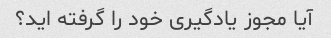
آیا مجوز یادگیری خود را گرفته اید؟